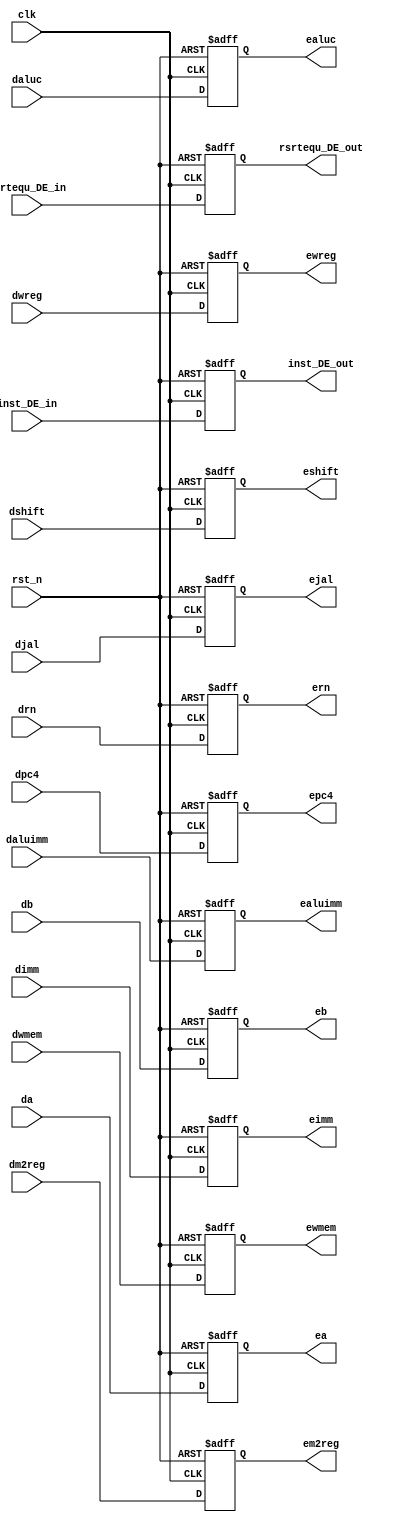
`timescale 1ns / 1ps
//////////////////////////////////////////////////////////////////////////////////
// Company: 
// Engineer: 
// 
// Design Name: 
// Module Name:    ID_EXE_reg 
// Project Name: 
// Target Devices: 
// Tool versions: 
// Description: 
//
// Dependencies: 
//
// Revision: 
// Revision 0.01 - File Created
// Additional Comments: 
//
//////////////////////////////////////////////////////////////////////////////////
module reg_ID_EXE(
	input [31:0]da, db, dimm, dpc4,
	input [4:0]drn,
	input [3:0]daluc,
	input dwreg, dm2reg, dwmem, daluimm, dshift, djal,
	input clk, rst_n,
	input [31:0]inst_DE_in,
	input rsrtequ_DE_in,
	output reg [31:0]ea, eb, epc4, eimm,
	output reg [4:0]ern,
	output reg [3:0]ealuc,
	output reg ewreg, em2reg, ewmem, ealuimm, eshift, ejal,
	output reg [31:0]inst_DE_out,
	output reg rsrtequ_DE_out
);

always @ (posedge clk or negedge rst_n)
begin
	if(~rst_n)
	begin
		ewreg <= 0;
		em2reg <= 0;
		ewmem <= 0;
		ealuc <= 0;
		ealuimm <= 0;
		ea <= 0;
		eb <= 0;
		eimm <= 0;
		ern <= 0;
		eshift <= 0;
		ejal <= 0;
		epc4 <= 0;
		inst_DE_out <= 0;
		rsrtequ_DE_out <= 0;
	end
	else
	begin 
		ewreg <= dwreg;
		em2reg <= dm2reg;
		ewmem <= dwmem;
		ealuc <= daluc;
		ealuimm <= daluimm;
		ea <= da;
		eb <= db;
		eimm <= dimm;
		ern <= drn;
		eshift <= dshift;
		ejal <= djal;epc4 <= dpc4;
		inst_DE_out <= inst_DE_in;
		rsrtequ_DE_out <= rsrtequ_DE_in;
	end
end

endmodule